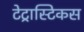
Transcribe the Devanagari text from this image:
टेट्रास्टिकस